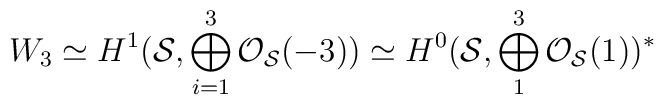
W_3 \simeq H^{1}({\cal S}, \bigoplus_{i=1}^{3}{\cal O}_{{\cal S}}(-3))\simeq  H^{0}({\cal S}, \bigoplus_{1}^{3}{\cal O}_{{\cal S}}(1))^{*}